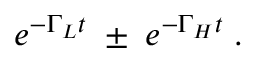
e ^ { - \Gamma _ { L } t } \; \pm \; e ^ { - \Gamma _ { H } t } \; .